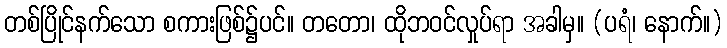
တစ်ပြိုင်နက်သော စကားဖြစ်၌ပင်။ တတော၊ ထိုဘဝင်လှုပ်ရာ အခါမှ။ (ပရံ၊ နောက်။)